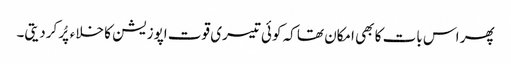
پھر اس بات کا بھی امکان تھا کہ کوئی تیسری قوت اپوزیشن کا خلاءپُر کردیتی۔